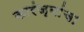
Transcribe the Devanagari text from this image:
कारंज्यांचा